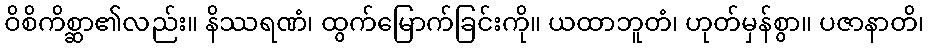
ဝိစိကိစ္ဆာ၏လည်း။ နိဿရဏံ၊ ထွက်မြောက်ခြင်းကို။ ယထာဘူတံ၊ ဟုတ်မှန်စွာ။ ပဇာနာတိ၊